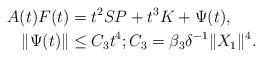
LaTeX: \begin{align*} A(t) F(t) &= t^2 SP + t^3 K + \Psi (t),\\ \| \Psi (t) \| &\le C_3 t^4; C_3 = \beta_3 \delta^{-1}\| X_1 \|^4. \end{align*}